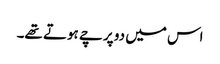
اس میں دو پرچے ہوتے تھے۔